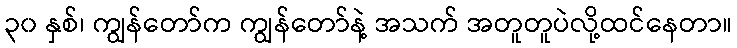
၃၀ နှစ်၊ ကျွန်တော်က ကျွန်တော်နဲ့ အသက် အတူတူပဲလို့ထင်နေတာ။